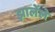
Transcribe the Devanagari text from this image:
झालेंले